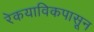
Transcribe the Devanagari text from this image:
रेकयाविकपासून